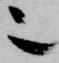
也